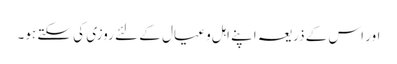
اور اس کے ذریعہ اپنے اہل و عیال کے لئے روزی کی سکتے ہو۔